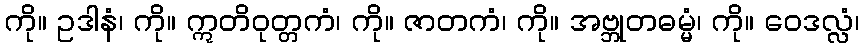
ကို။ ဥဒါနံ၊ ကို။ ဣတိဝုတ္တကံ၊ ကို။ ဇာတကံ၊ ကို။ အဗ္ဘုတဓမ္မံ၊ ကို။ ဝေဒလ္လံ၊